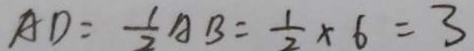
A D = \frac { 1 } { 2 } A B = \frac { 1 } { 2 } \times 6 = 3